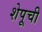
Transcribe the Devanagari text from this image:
शेपूची